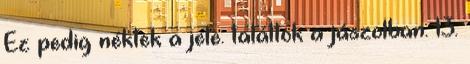
Ez pedig néktek a jele: találtok a jászolban. 13.